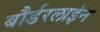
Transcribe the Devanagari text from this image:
बौर्डरलाईन